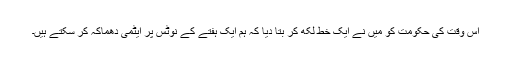
اس وقت کی حکومت کو میں نے ایک خط لکھ کر بتا دیا کہ ہم ایک ہفتے کے نوٹس پر ایٹمی دھماکہ کر سکتے ہیں۔